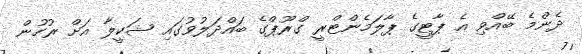
ދެންމެ ބޭއްވި އެ ޕާޓީގެ ޕާލަމެންޓްރީ ގްރޫޕްގެ ބައްދަލުވުގައި ޝަކީލާ އަށް ރުހުން